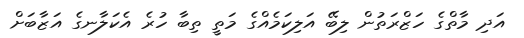
އަދި މާތްގެ ހަޒްރަތުން ލިބޭ އަލިކަމެއްގެ މަތީ ތިބާ ހުރެ އެކަލާނގެ އަޒާބަށް